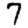
Digit: 7